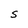
Character: S